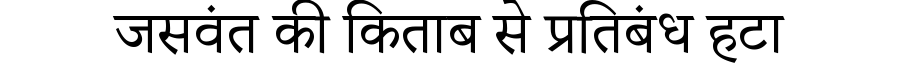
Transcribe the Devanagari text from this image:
जसवंत की किताब से प्रतिबंध हटा